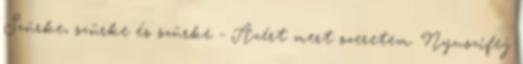
Szürke, szürke és szürke - Azért mert szeretem. Nyuszifej